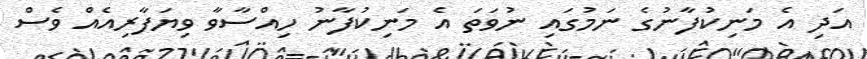
އަދި އެ މަނިކުފާނުގެ ނަމުގައި ނުވަތަ އެ މަނިކުފާނު ހިއްސާވާ ވިޔަފާރިއެއް ވެސް